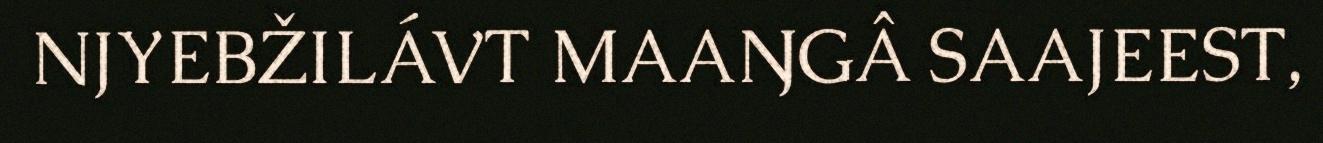
NJYEBŽILÁVT MAAŊGÂ SAAJEEST,